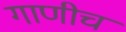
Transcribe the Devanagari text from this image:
गाणीच